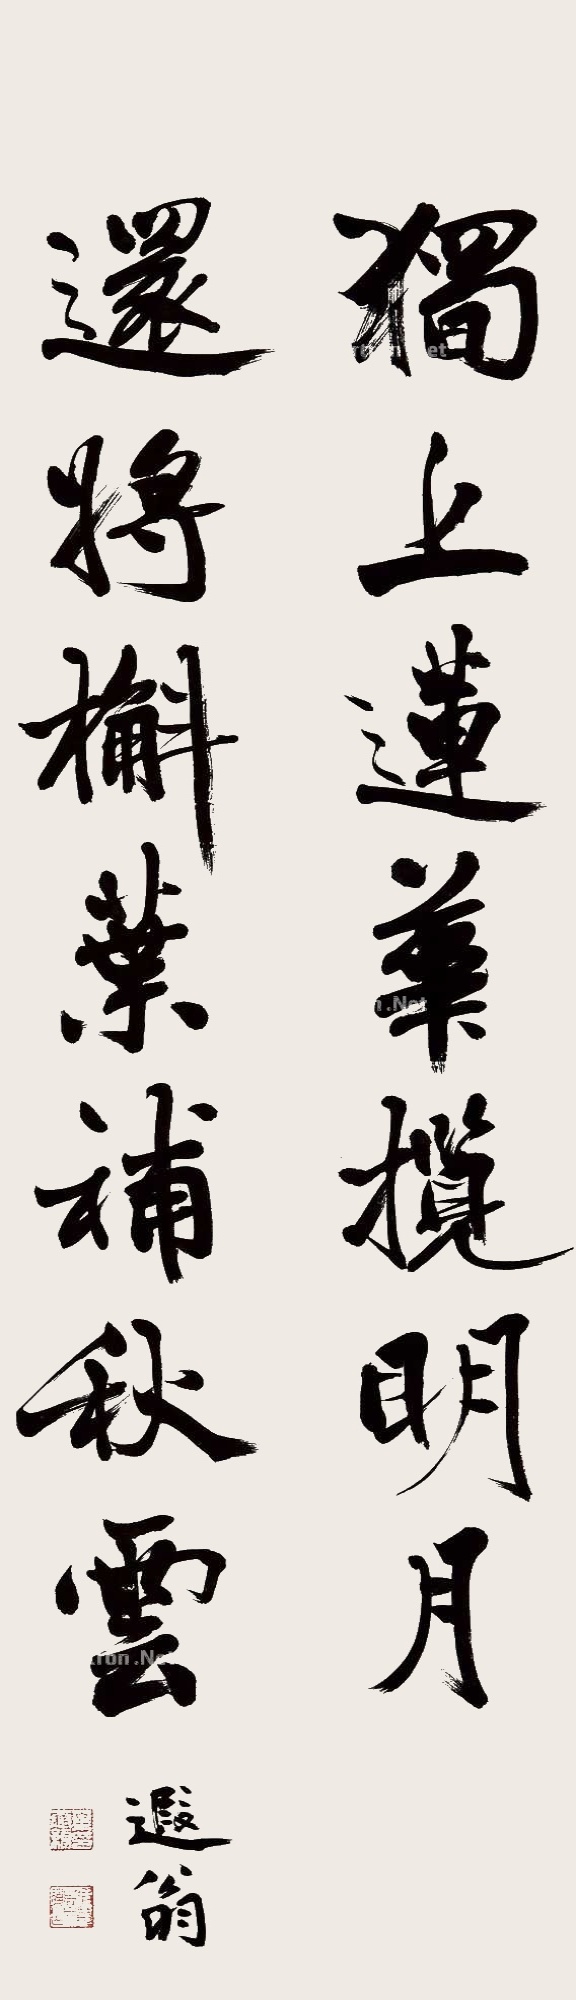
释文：独上莲华揽明月，还将槲叶补秋云。遐翁。